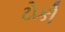
ટોકી